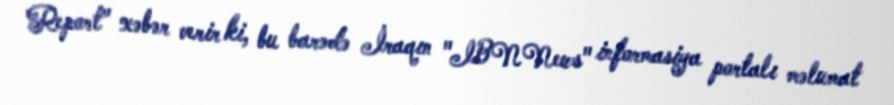
Report" xəbər verir ki, bu barədə İraqın "IBNNews" informasiya portalı məlumat